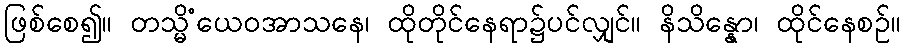
ဖြစ်စေ၍။ တသ္မိံယေဝအာသနေ၊ ထိုတိုင်နေရာ၌ပင်လျှင်။ နိသိန္နော၊ ထိုင်နေစဉ်။